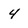
Character: 4